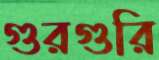
গুরগুরি